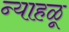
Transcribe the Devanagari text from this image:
न्याहळू